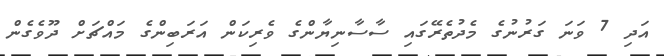
އަދި 7 ވަނަ ގަރުނުގެ މެދުތެރޭގައި ސާސާނިޔާންގެ ވެރިކަން އަރަބިންގެ މައްޗަށް ދޫވެގެން